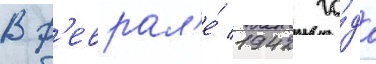
В ф'еврал'е́ 1942 го́да